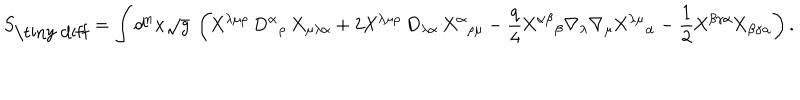
LaTeX: S _ { \mathrm { \tiny ~ d i f f } } = \int d ^ { n } x \sqrt { g } ~ \left( \mathrm { X } ^ { \lambda \mu \rho } ~ \mathrm { D } ^ { \alpha } { } _ { \rho } ~ \mathrm { X } _ { \mu \lambda \alpha } + 2 \mathrm { X } ^ { \lambda \mu \rho } ~ \mathrm { D } _ { \lambda \alpha } ~ \mathrm { X } ^ { \alpha } { } _ { \rho \mu } - \frac { q } 4 \mathrm { X } ^ { \alpha \beta } { } _ { \beta } { } \nabla _ { \lambda } \nabla _ { \mu } { } \mathrm { X } ^ { \lambda \mu } { } _ { \alpha } - \frac 1 2 \mathrm { X } ^ { \beta \gamma \alpha } \mathrm { X } _ { \beta \gamma \alpha } \right) .